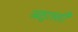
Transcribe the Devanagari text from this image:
बहुतसी